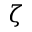
\zeta